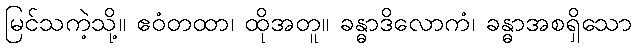
မြင်သကဲ့သို့။ ဧဝံတထာ၊ ထိုအတူ။ ခန္ဓာဒိလောကံ၊ ခန္ဓာအစရှိသော